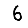
Digit: 6